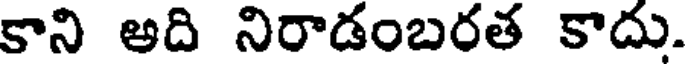
కాని అది నిరాడంబరత కాదు.